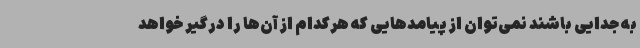
به جدایی باشند نمی‌توان از پیامدهایی که هرکدام از آن‌ها را درگیر خواهد